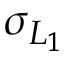
\sigma _ { L _ { 1 } }